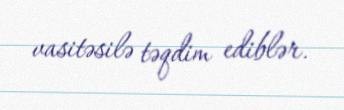
vasitəsilə təqdim ediblər.